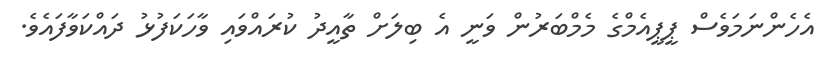
އެހެންނަމަވެސް ޕީޕީއެމްގެ މެމްބަރުން ވަނީ އެ ބިލަށް ތާއީދު ކުރައްވައި ވާހަކަފުޅު ދައްކަވާފައެވެ.